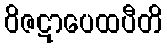
ဝိဇဋာပေထပီတိ